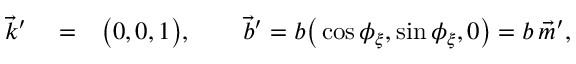
\begin{array} { r l r } { \vec { k } ^ { \prime } } & { { } = } & { \big ( 0 , 0 , 1 \big ) , \qquad { \vec { b } } ^ { \prime } = b \big ( \cos \phi _ { \xi } , \sin \phi _ { \xi } , 0 \big ) = b \, \vec { m } ^ { \prime } , } \end{array}